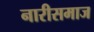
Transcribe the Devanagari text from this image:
नारीसमाज